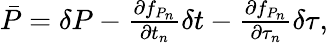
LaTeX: \begin{array}{r}{\bar{P}=\delta P-\frac{\partial f_{P_{n}}}{\partial t_{n}}\delta t-\frac{\partial f_{P_{n}}}{\partial\tau_{n}}\delta\tau,}\end{array}